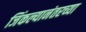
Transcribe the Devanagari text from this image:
जिंकल्यानंतरच्या